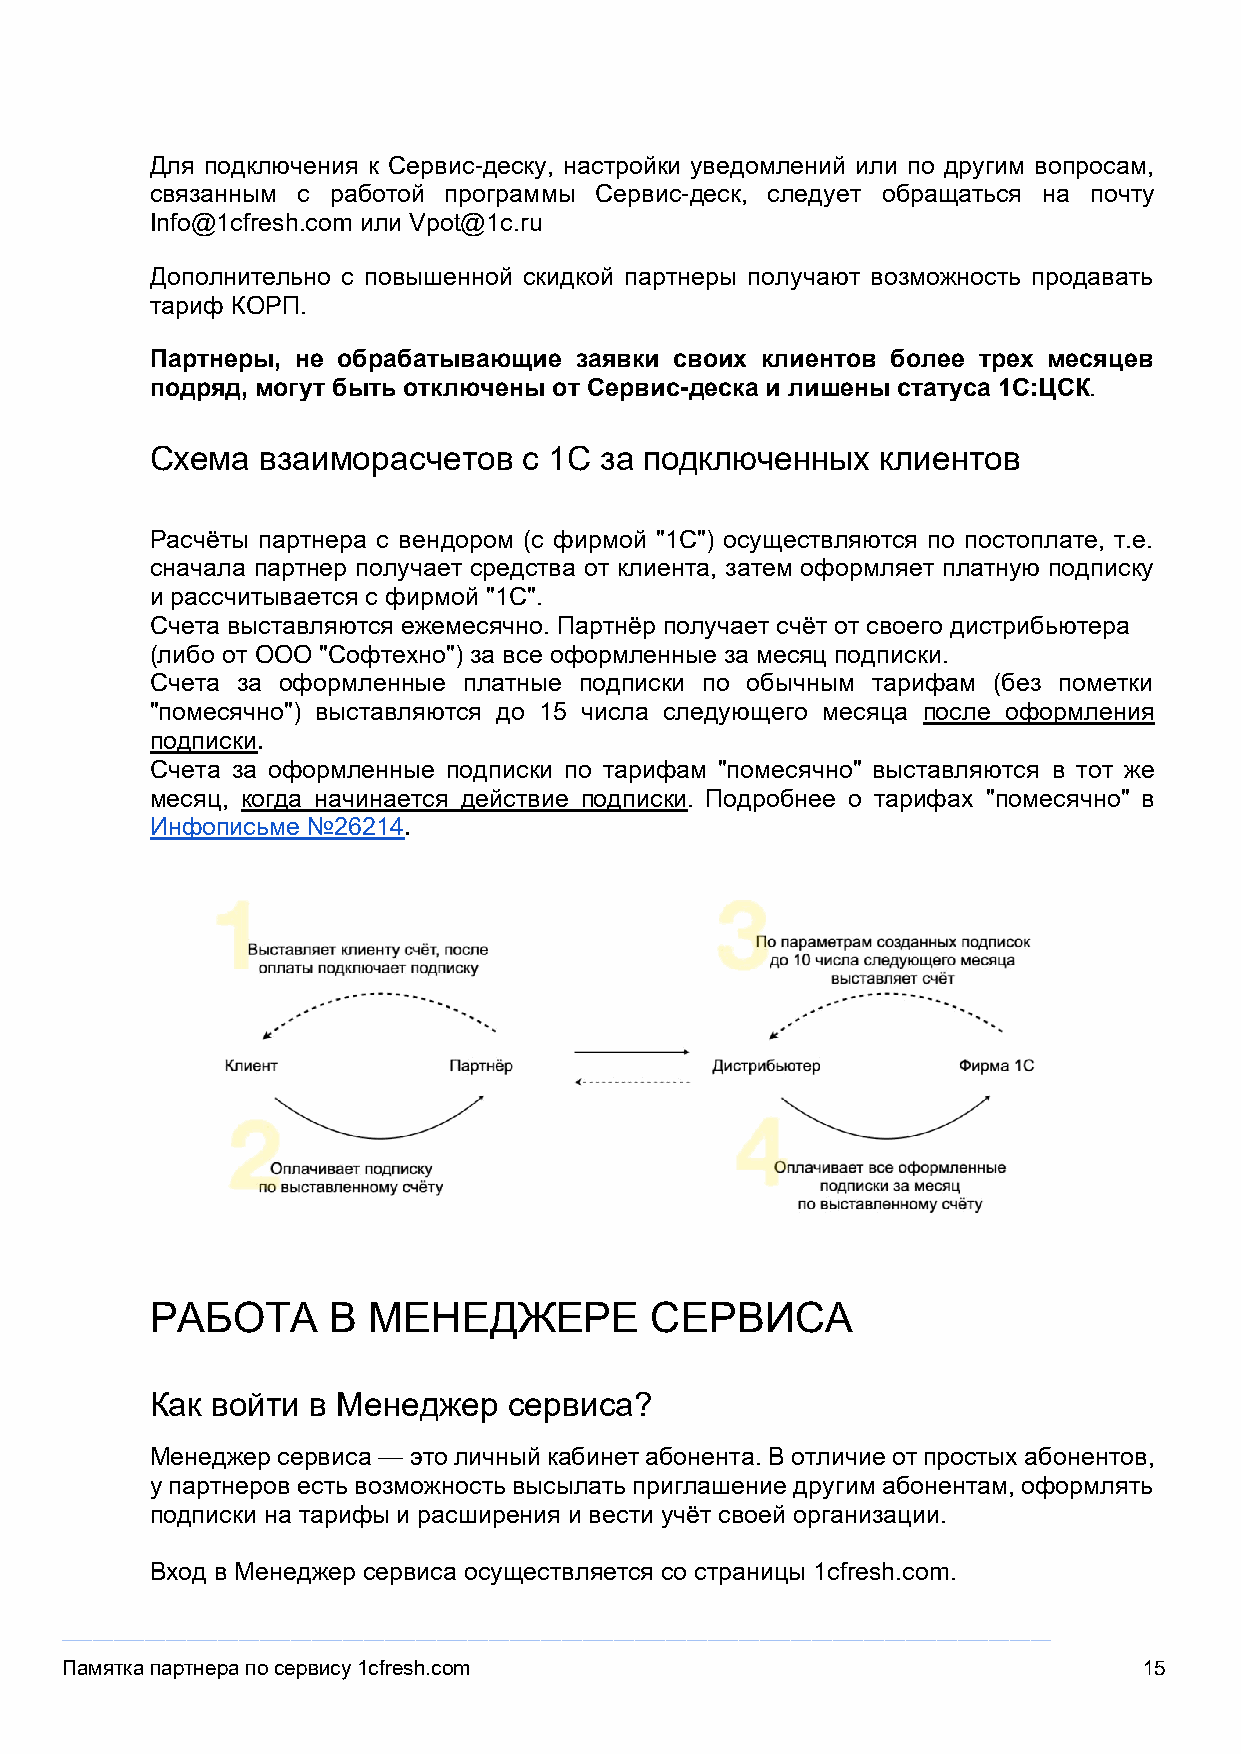
Для подключения к Сервис-деску, настройки уведомлений или по другим вопросам,
 связанным с работой программы Сервис-деск, следует обращаться на почту
 Info@1cfresh.com или Vpot@1c.ru
 Дополнительно с повышенной скидкой партнеры получают возможность продавать
 тариф КОРП.
 Партнеры, не обрабатывающие заявки своих клиентов более трех месяцев
 подряд, могут быть отключены от Сервис-деска и лишены статуса 1С:ЦСК
 .
 Схема  взаиморасчетов    с 1С за подключенных   клиентов
 Расчёты партнера с вендором (с фирмой "1С") осуществляются по постоплате, т.е.
 сначала партнер получает средства от клиента, затем оформляет платную подписку
 и рассчитывается с фирмой "1С".
 Счета выставляются ежемесячно. Партнёр получает счёт от своего дистрибьютера
 (либо от ООО "Софтехно") за все оформленные за месяц подписки.
 Счета за оформленные платные подписки по обычным тарифам (без пометки
 "помесячно") выставляются до 15 числа следующего месяца после оформления
 подписки.
 Счета за оформленные подписки по тарифам "помесячно" выставляются в тот же
 месяц, когда начинается действие подписки. Подробнее о тарифах "помесячно" в
 Инфописьме №26214.
 РАБОТА      В МЕНЕДЖЕРЕ          СЕРВИСА
 Как войти  в Менеджер   сервиса?
 Менеджер сервиса — это личный кабинет абонента. В отличие от простых абонентов,
 у партнеров есть возможность высылать приглашение другим абонентам, оформлять
 подписки на тарифы и расширения и вести учёт своей организации.
 Вход в Менеджер сервиса осуществляется со страницы 1cfresh.com.
 _______________________________________________________________________________________________
 Памятка партнера по сервису 1cfresh.com                                 15